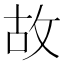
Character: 故